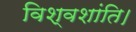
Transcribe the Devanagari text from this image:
विश्वशांति।